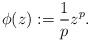
LaTeX: \begin{align*}\phi(z):=\frac{1}{p}z^p.\end{align*}